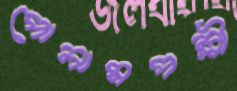
পোলামপল্লী